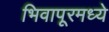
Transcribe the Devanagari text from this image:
भिवापूरमध्ये